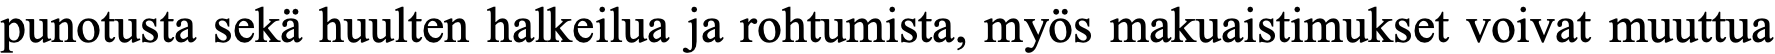
punotusta sekä huulten halkeilua ja rohtumista, myös makuaistimukset voivat muuttua